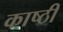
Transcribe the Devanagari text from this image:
काष्ठी